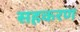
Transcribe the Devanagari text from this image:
सहकरण